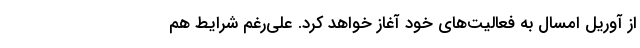
از آوریل امسال به فعالیت‌های خود آغاز خواهد کرد. علی‌رغم شرایط هم